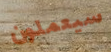
سيعملون